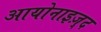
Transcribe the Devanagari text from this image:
आयोनाइज़्द